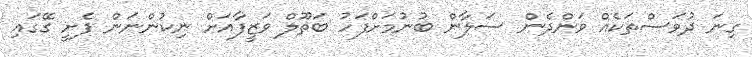
ގިނަ ދުވަސްތަކެއް ވަންދެން ސަލާން ބުނުމަށްފަހު ބަތޫލް ވަޒީފާއަށް ނިކުންނަން ފެށީ ގޭގައި